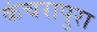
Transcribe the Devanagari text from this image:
कंचरापुरा